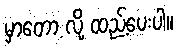
မှာတော့ လို့ ထည့်ပေးပါ။